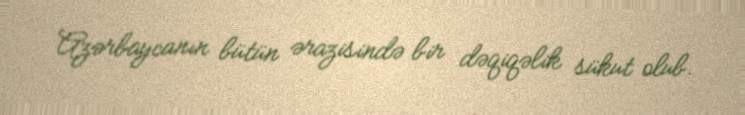
Azərbaycanın bütün ərazisində bir dəqiqəlik sükut olub.